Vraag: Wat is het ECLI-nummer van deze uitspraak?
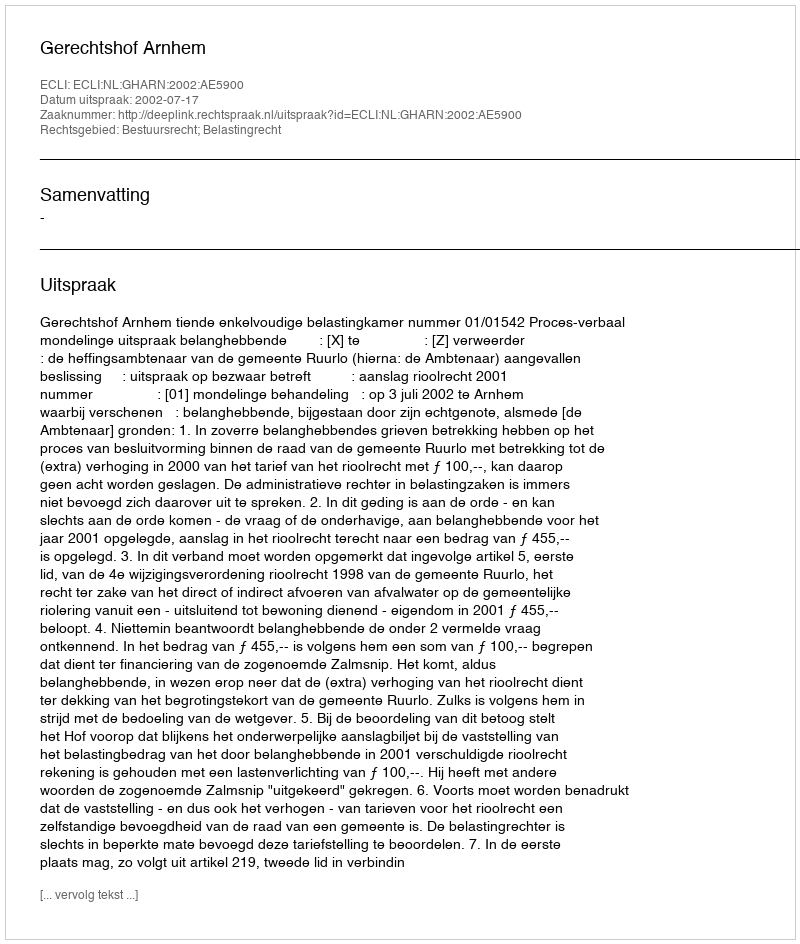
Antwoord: ECLI:NL:GHARN:2002:AE5900